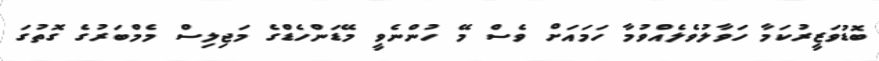
ބޮޑުވަޒީރުކަމާ ހަވާލުވެލެއްވުމާ ހަމައަށް ވެސް މޭ ހުންނެވީ މޭޑަންހެޑްގެ މަޖިލިސް މެމްބަރުގެ ގޮތުގަ